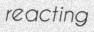
reacting